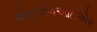
એફએલઆઇએર